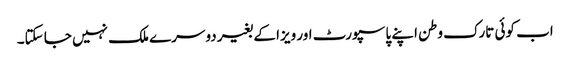
اب کوئی تارک وطن اپنے پاسپورٹ اور ویزا کے بغیر دوسرے ملک نہیں جا سکتا۔